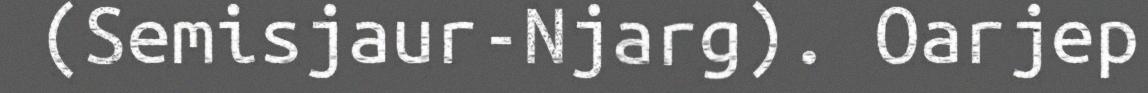
(Semisjaur-Njarg). Oarjep